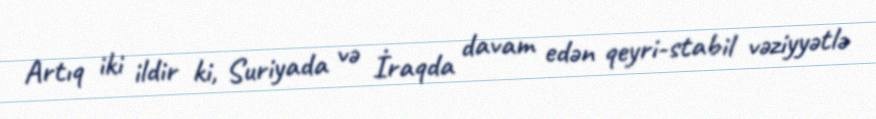
Artıq iki ildir ki, Suriyada və İraqda davam edən qeyri-stabil vəziyyətlə